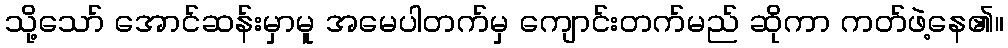
သို့သော် အောင်ဆန်းမှာမူ အမေပါတက်မှ ကျောင်းတက်မည် ဆိုကာ ကတ်ဖဲ့နေ၏။